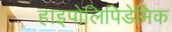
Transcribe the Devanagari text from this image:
हाइपोलिपिडेमिक